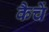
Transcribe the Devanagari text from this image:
कैचें